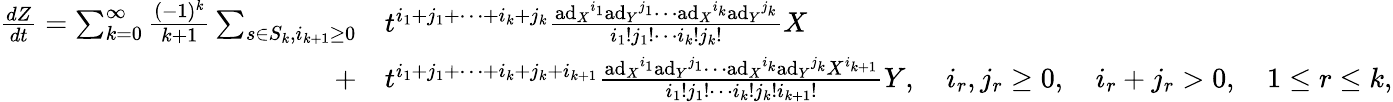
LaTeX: \begin{array}{rl}{{\frac{dZ}{dt}}=\sum_{k=0}^{\infty}{\frac{(-1)^{k}}{k+1}}\sum_{s\in S_{k},i_{k+1}\geq 0}}&{{}t^{i_{1}+j_{1}+\cdots+i_{k}+j_{k}}{\frac{{\mathrm{ad}_{X}}^{i_{1}}{\mathrm{ad}_{Y}}^{j_{1}}\cdots{\mathrm{ad}_{X}}^{i_{k}}{\mathrm{ad}_{Y}}^{j_{k}}}{i_{1}!j_{1}!\cdots i_{k}!j_{k}!}}X}\\ {+}&{{}t^{i_{1}+j_{1}+\cdots+i_{k}+j_{k}+i_{k+1}}{\frac{{\mathrm{ad}_{X}}^{i_{1}}{\mathrm{ad}_{Y}}^{j_{1}}\cdots{\mathrm{ad}_{X}}^{i_{k}}{\mathrm{ad}_{Y}}^{j_{k}}X^{i_{k+1}}}{i_{1}!j_{1}!\cdots i_{k}!j_{k}!i_{k+1}!}}Y,\quad i_{r},j_{r}\geq 0,\quad i_{r}+j_{r}>0,\quad 1\leq r\leq k,}\end{array}